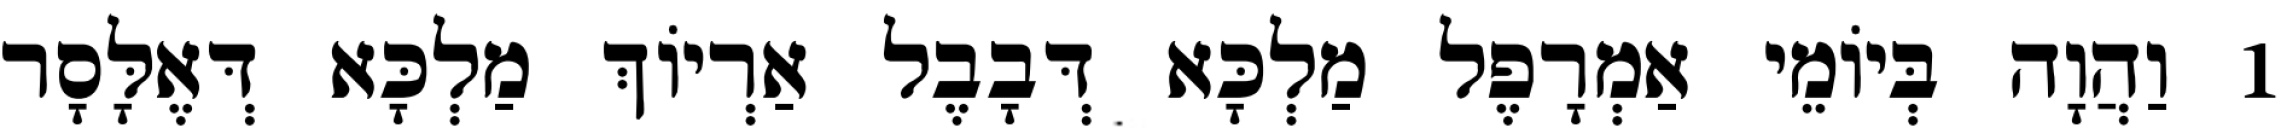
1 וַהֲוָה בְּיוֹמֵי אַמְרָפֶל מַלְכָּא דְּבָבֶל אַרְיוֹךְ מַלְכָּא דְּאֶלָּסָר